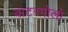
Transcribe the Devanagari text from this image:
वाटरपोलो